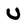
Character: U